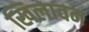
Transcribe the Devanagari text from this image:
खिलावन